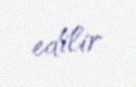
edilir.